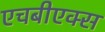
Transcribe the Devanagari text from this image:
एचबीएक्स